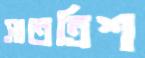
সাতত্রিশ